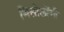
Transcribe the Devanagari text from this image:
मिसोलोंगी